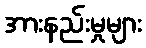
အားနည်းမှုများ